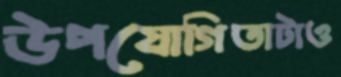
উপযোগিতাটাও